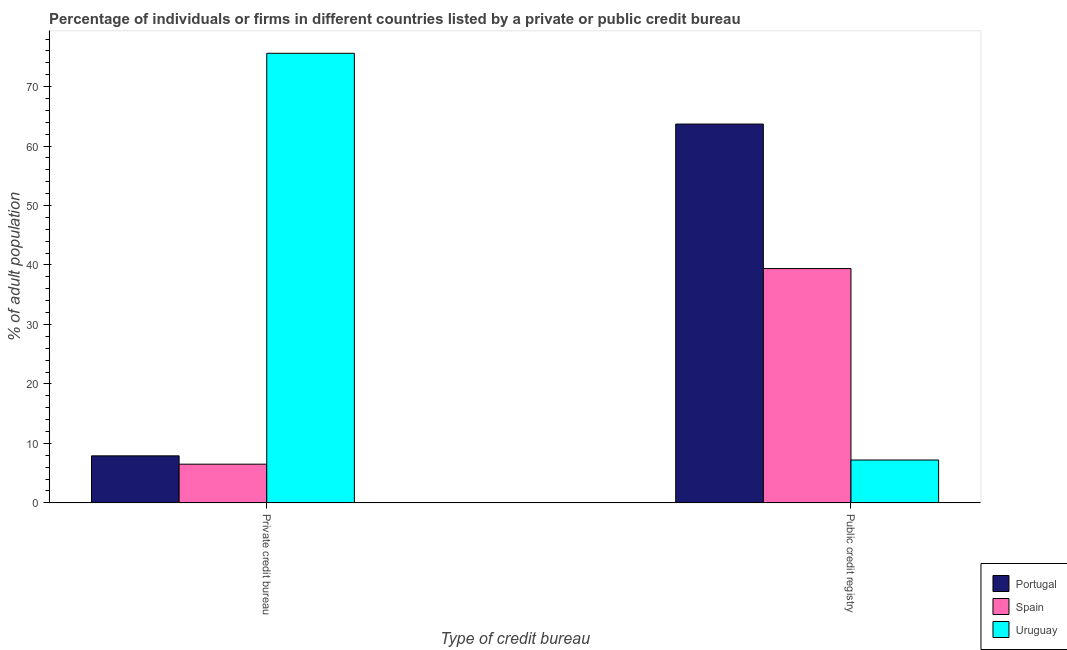
| Type of credit bureau | Portugal | Spain | Uruguay |
 | --- | --- | --- | --- |
 | Private credit bureau | 7.9 | 6.5 | 75.6 |
 | Public credit registry | 63.7 | 39.4 | 7.2 |